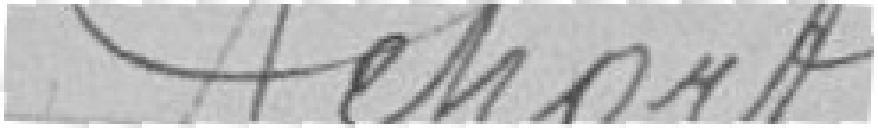
Report